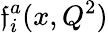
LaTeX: \mathfrak{f}_{i}^{a}(x,Q^{2})